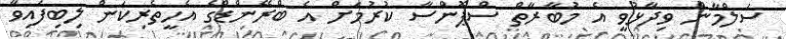
ސަލްމާން ވިދާޅުވީ އެ މުބާރާތް ސްޕޮންސާ ކުރުމަށް އެ ބްރޭންޑްގެ އެހީތެރިކަން ލިބިފައިވާ